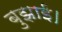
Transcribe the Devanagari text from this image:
बुझाई।